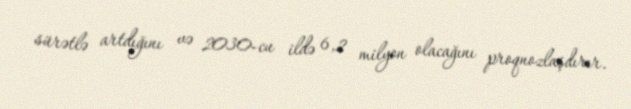
sürətlə artdığını və 2030-cu ildə 6,2 milyon olacağını proqnozlaşdırır.